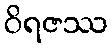
ဝိရဇဿ